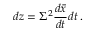
d z = \Sigma ^ { 2 } \frac { d \bar { x } } { d t } d t \: .